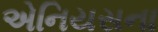
એનિયસના